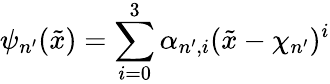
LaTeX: \psi_{n^{\prime}}(\tilde{x})=\sum_{i=0}^{3}\alpha_{n^{\prime},i}(\tilde{x}-\chi_{n^{\prime}})^{i}